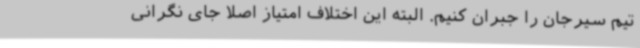
تیم سیرجان را جبران کنیم. البته این اختلاف امتیاز اصلا جای نگرانی